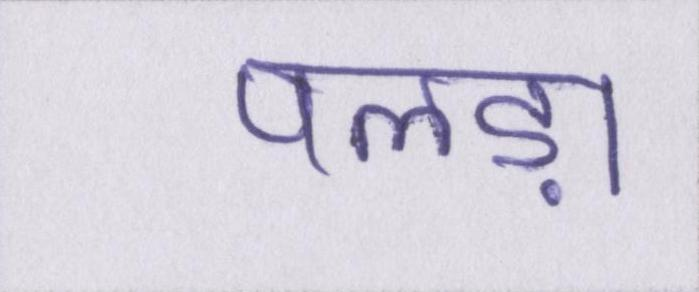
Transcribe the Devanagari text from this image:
पलड़ा